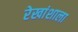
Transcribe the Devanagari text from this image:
रेखांशाला